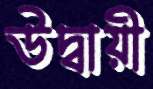
উদ্বায়ী